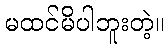
မထင်မိပါဘူးတဲ့။